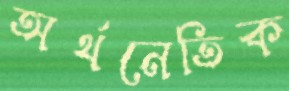
অর্থনেতিক